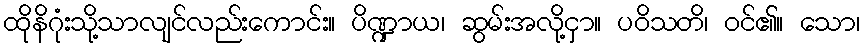
ထိုနိဂုံးသို့သာလျင်လည်းကောင်း။ ပိဏ္ဍာယ၊ ဆွမ်းအလို့ငှာ။ ပဝိသတိ၊ ဝင်၏။ သော၊